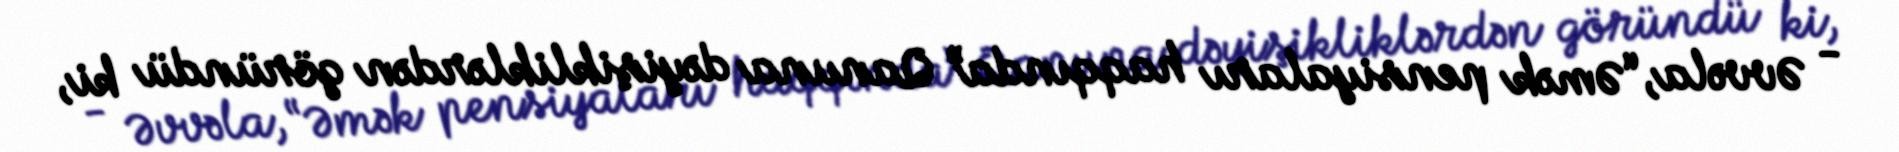
- Əvvəla, “Əmək pensiyaları haqqında” Qanuna dəyişikliklərdən göründü ki,